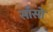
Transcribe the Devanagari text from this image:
साँसो